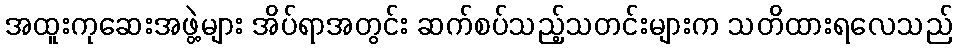
အထူးကုဆေးအဖွဲ့များ အိပ်ရာအတွင်း ဆက်စပ်သည့်သတင်းများက သတိထားရလေသည်